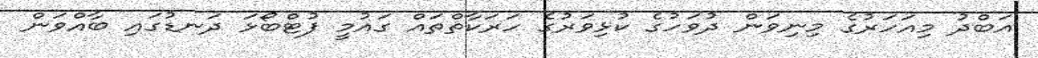
އަބްދު މިއަހަރުގެ މިނިވަން ދުވަހުގެ ކުޅިވަރުގެ ހަރަކާތްތައް ގައުމީ ފުޓްބޯޅަ ދަނޑުގައި ބާއްވަން